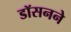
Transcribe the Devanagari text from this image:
डॉसनने